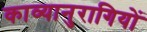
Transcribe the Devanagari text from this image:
काव्यानुरागियों